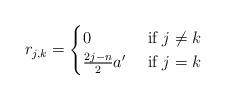
LaTeX: \begin{align*}r_{j,k}=\begin{cases}0 &\mbox{ if }j\neq k\\\frac{2j-n}{2}a^\prime &\mbox{ if }j= k\end{cases}\end{align*}